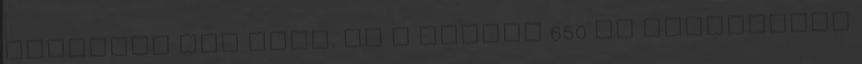
méretben van fent. Én a kisebb 650 Mb változatot